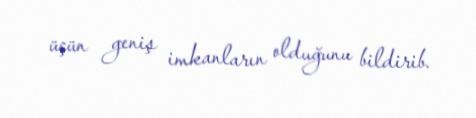
üçün geniş imkanların olduğunu bildirib.